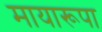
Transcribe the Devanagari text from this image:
मायारूपा